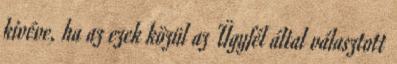
kivéve, ha az ezek közül az Ügyfél által választott